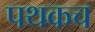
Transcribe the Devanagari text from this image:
पथकच